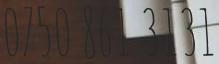
0750 861 3131